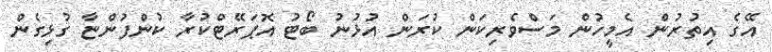
އޭގެ އިތުރުން އެމީހުން މަސްވެރިކަން ކުރަން އުޅުނު ބޯޓު އޮޕަރޭޓްކުރާ ކުންފުންޏާ ގުޅިގެން